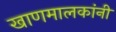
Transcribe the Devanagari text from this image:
खाणमालकांनी